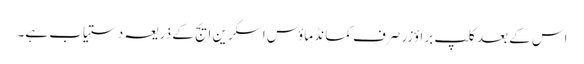
اس کے بعد کلپ براؤزر صرف کمانڈ ماؤس اسکرین ایج کے ذریعہ دستیاب ہے۔